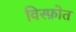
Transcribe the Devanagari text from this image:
विस्फ़ोत